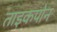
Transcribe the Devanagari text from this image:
ताइकपोन